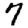
Digit: 7